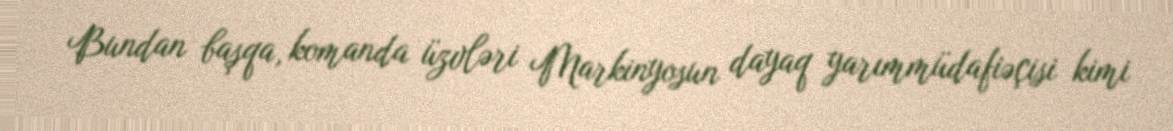
Bundan başqa, komanda üzvləri Markinyosun dayaq yarımmüdafiəçisi kimi